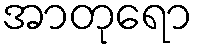
အာတုရော